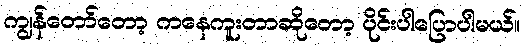
ကျွန်တော်တော့ ကနေကူးတာဆိုတော့ ပိုင်းပါပြောပါမယ်။